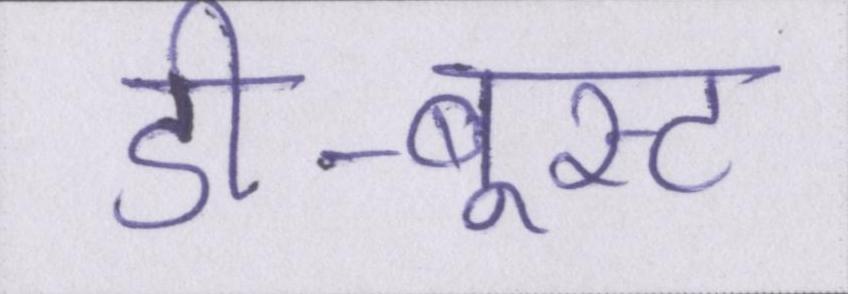
डी-बूस्ट